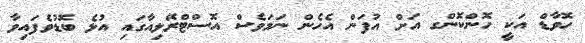
ހޮވާޑް އަކީ ހޮންކޮންގ އަށް އުފަން އެހެން ނަމަވެސް އޮސްޓްރޭލިއާގައި އުޅެ ބޮޑުވެފައިވާ